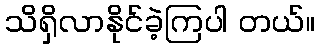
သိရှိလာနိုင်ခဲ့ကြပါ တယ်။